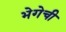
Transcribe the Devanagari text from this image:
भेगेची